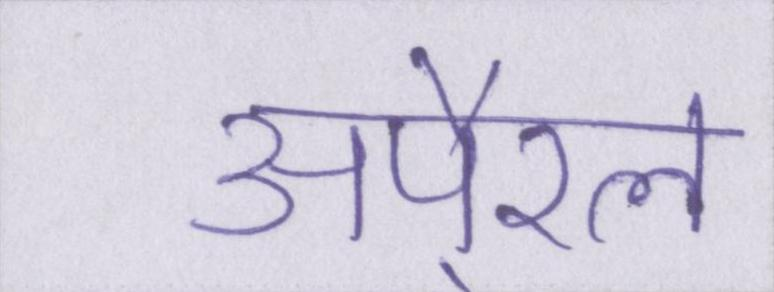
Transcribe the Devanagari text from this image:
अपै्रल